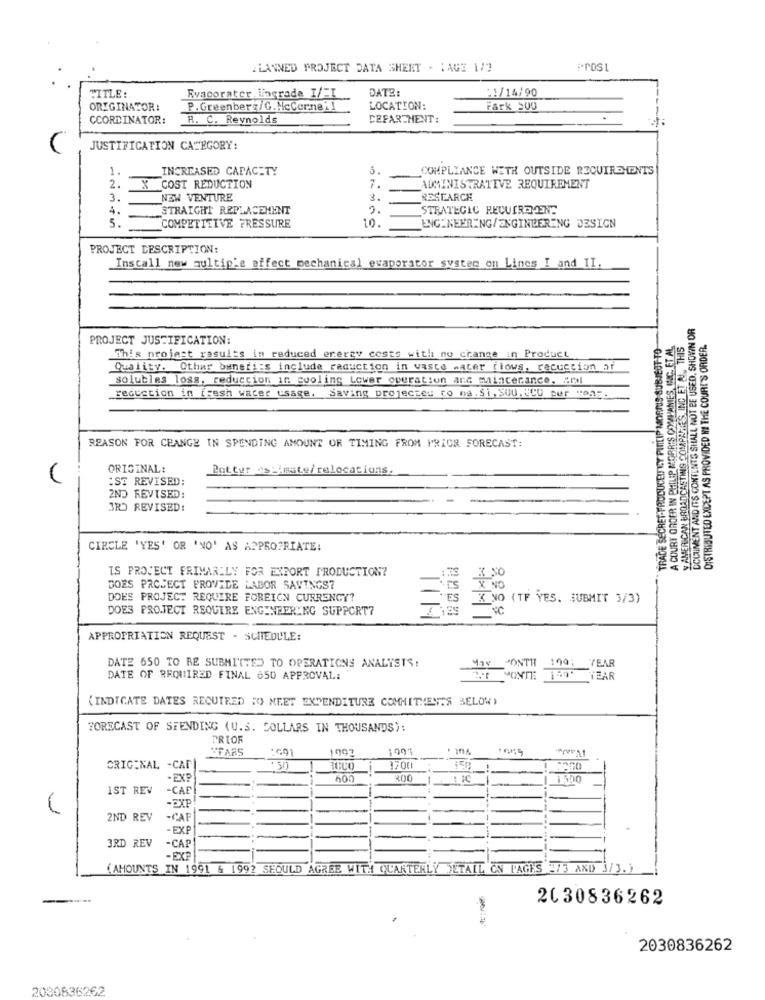
PLANNED PROJECT DATA SHEET - HAGE 1/3
Prost
DATE:
21/14/90
TITLE:
Rvagorater lagrade 1/EI
ORIGINATOR:
P.Greenberg/G.NcCorneil
LOCATION:
Fark 500
CCORDINATOR:
R. C. Reynolds
CEFARTHENT:
JUSTIFICATION CATEGORY:
1.
INCREASED CAPACITY
COMPLIANCE WITH OUTSIDE REQUIREMENTS
2.
COST REDUCTION
7.
ADMINISTRATIVE REQUIREMENT
3.
NEW VENTURE
3.
RESEARCH
STRAIGHT REPLACEMENT
STRATEGIC REQUIREMENT
4 .-
-
10.
5.
COMPETITIVE PRESSURE
ENGINEERING/ENGINEERING DESIGN
PROJECT DESCRIPTION:
Install new multip'e affect mechanical evaporator systen on Lines I and II.
DOCUMENT AND ITS CONTENTS SHALL NOT BE USED, SHOWIN OR
PROJECT JUSTIFICATION:
TRADE SECRET-FRUDUCEIT VY PINLIP MORTIS SUBJECT TO
A COURT ORDER IN PHILIP MORRIS COMPANIES, INC. ET AL
y AMERICAN BROADCASTING COMPANIES, INC ET NI, THIS
DISTRIBUTED EXCEPT AS PROVIDED MI THE COURT'S ORDER.
This nrojest results in reduced energy costs with no change in Product
Quality. Other benefits include reduction in waste water flows, racuccion ar
solubles loss, reduccion in cooling Lower operation and mincerance, "rel
reduction in fresh water usage. Saving projecteu co na.Si, SOU, UCD per uns.
REASON FOR CHANGE IN SPENDING AMOUNT OR TIMING FROM PRIOR FORECAST:
ORIGINAL:
Potter estimate/ relocations.
:SE REVISED:
2ND REVISED:
3RD REVISED:
CIRCLE 'YES' OR 'NO' AS APPROPRIATE:
IS PROJECT FRIMARILY FOR EXPORT PRODUCTION?
DOES PROJECT PROVIDE LABOR SAVINGS?
X NO
DOES PROJECT REQUIRE FOREIGN CURRENCY?
"ES K NO (TF YES. SUBMIT 3/3)
DOES PROJECT REQUIRE ENGINEERING SUPPORT?
APPROPRIATION REQUEST - SCHEDULE:
DATE 650 TO BE SUBMITTED TO OPERATIONS ANALYSTS:
MONTH 199; YEAR
DATE OF REQUIRED FINAL $50 APPROVAL:
MONTH TROP TEAR
(INDICATE DATES REQUIRED "O) MEET EXPENDITURE COMMITMENTS BELOW)
FORECAST OF SPENDING (U.S. DOLLARS IN THOUSANDS):
PRIOF
*FARS
1992
ORIGINAL -CAP
-EXP
600
300
1500
IST REV
-CAF
2ND REV
-CAF
-EXP
-CAP
3RD REV
-EXP
(AMOUNTS IN 1991 & 1992 SHOULD AGREE WITH QUARTERLY
DETALL ON PAGES 273 AND 3/3. )
2030836262
2030836262
2030836262